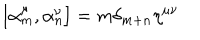
LaTeX: \left[ { \alpha } _ { m } ^ { \mu } , { \alpha } _ { n } ^ { \nu } \right] = m { \delta } _ { m + n } { \eta } ^ { \mu \nu }